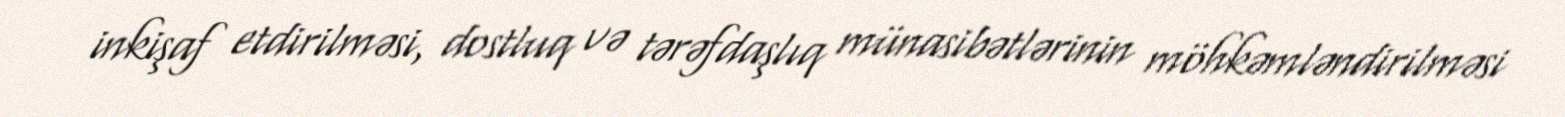
inkişaf etdirilməsi, dostluq və tərəfdaşlıq münasibətlərinin möhkəmləndirilməsi